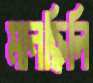
মানছিলি